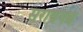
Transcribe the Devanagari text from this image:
सरायगढ